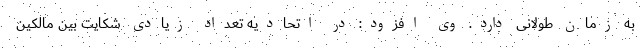
به زمان طولانی دارد. وی افزود: در اتحادیه تعداد زیادی شکایت بین مالکین